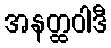
အနတ္ထဝါဒီ